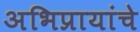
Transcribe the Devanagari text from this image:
अभिप्रायांचे